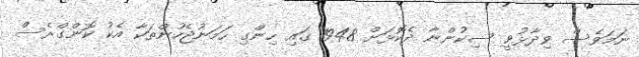
ނަމަވެސް ވިދާޅުވީ ސިކުންނާ ދެކޮޅަށް 1948 ގައި ހިންގި ހަމަނުޖެހުންތަކާ އެކު ކޮންގްރެސް